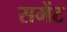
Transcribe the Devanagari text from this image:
समेंट